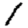
Digit: 1